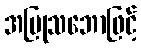
အပြုသဘောဖြင့်